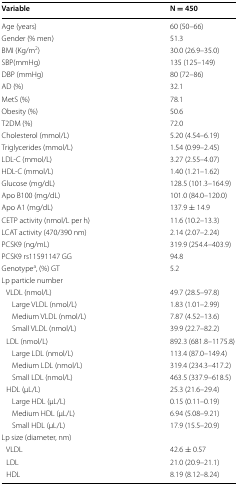
<table><thead><tr><td><b>Variable</b></td><td><b>N = 450</b></td></tr></thead><tbody><tr><td>Age (years)</td><td>60 (50–66)</td></tr><tr><td>Gender (% men)</td><td>51.3</td></tr><tr><td>BMI (Kg/m<sup>2</sup>)</td><td>30.0 (26.9–35.0)</td></tr><tr><td>SBP(mmHg)</td><td>135 (125–149)</td></tr><tr><td>DBP (mmHg)</td><td>80 (72–86)</td></tr><tr><td>AD (%)</td><td>32.1</td></tr><tr><td>MetS (%)</td><td>78.1</td></tr><tr><td>Obesity (%)</td><td>50.6</td></tr><tr><td>T2DM (%)</td><td>72.0</td></tr><tr><td>Cholesterol (mmol/L)</td><td>5.20 (4.54–6.19)</td></tr><tr><td>Triglycerides (mmol/L)</td><td>1.54 (0.99–2.45)</td></tr><tr><td>LDL-C (mmol/L)</td><td>3.27 (2.55–4.07)</td></tr><tr><td>HDL-C (mmol/L)</td><td>1.40 (1.21–1.62)</td></tr><tr><td>Glucose (mg/dL)</td><td>128.5 (101.3–164.9)</td></tr><tr><td>Apo B100 (mg/dL)</td><td>101.0 (84.0–120.0)</td></tr><tr><td>Apo A1 (mg/dL)</td><td>137.9 ± 14.9</td></tr><tr><td>CETP activity (nmol/L per h)</td><td>11.6 (10.2–13.3)</td></tr><tr><td>LCAT activity (470/390 nm)</td><td>2.14 (2.07–2.24)</td></tr><tr><td>PCSK9 (ng/mL)</td><td>319.9 (254.4–403.9)</td></tr><tr><td>PCSK9 rs11591147 GG</td><td>94.8</td></tr><tr><td>Genotype<sup>a</sup>, (%) GT</td><td>5.2</td></tr><tr><td colspan="2">Lp particle number</td></tr><tr><td> VLDL (nmol/L)</td><td>49.7 (28.5–97.8)</td></tr><tr><td>Large VLDL (nmol/L)</td><td>1.83 (1.01–2.99)</td></tr><tr><td>Medium VLDL (nmol/L)</td><td>7.87 (4.52–13.6)</td></tr><tr><td>Small VLDL (nmol/L)</td><td>39.9 (22.7–82.2)</td></tr><tr><td> LDL (nmol/L)</td><td>892.3 (681.8–1175.8)</td></tr><tr><td>Large LDL (nmol/L)</td><td>113.4 (87.0–149.4)</td></tr><tr><td>Medium LDL (nmol/L)</td><td>319.4 (234.3–417.2)</td></tr><tr><td>Small LDL (nmol/L)</td><td>463.5 (337.9–618.5)</td></tr><tr><td> HDL (μL/L)</td><td>25.3 (21.6–29.4)</td></tr><tr><td>Large HDL (μL/L)</td><td>0.15 (0.11–0.19)</td></tr><tr><td>Medium HDL (μL/L)</td><td>6.94 (5.08–9.21)</td></tr><tr><td>Small HDL (μL/L)</td><td>17.9 (15.5–20.9)</td></tr><tr><td colspan="2">Lp size (diameter, nm)</td></tr><tr><td> VLDL</td><td>42.6 ± 0.57</td></tr><tr><td> LDL</td><td>21.0 (20.9–21.1)</td></tr><tr><td> HDL</td><td>8.19 (8.12–8.24)</td></tr></tbody></table>